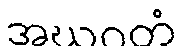
အဃဂတံ